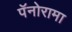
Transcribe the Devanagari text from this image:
पॅनोरामा